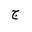
Letter: _gim